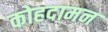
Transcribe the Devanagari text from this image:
कोहदामन